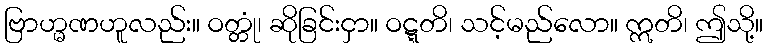
ဗြာဟ္မဏဟူလည်း။ ဝတ္တုံ၊ ဆိုခြင်းငှာ။ ဝဋ္ဋတိ၊ သင့်မည်လော။ ဣတိ၊ ဤသို့။